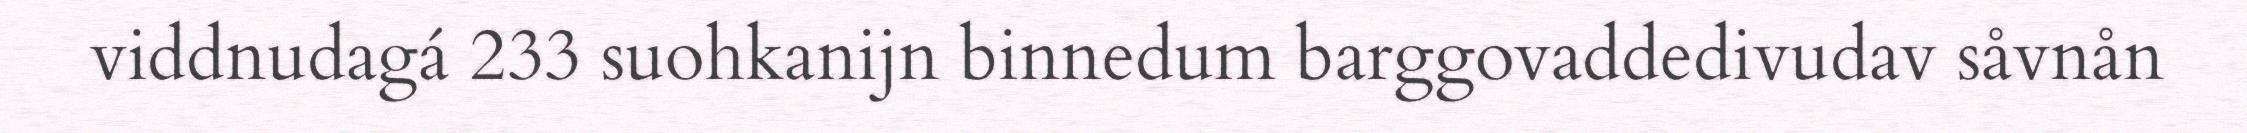
viddnudagá 233 suohkanijn binnedum barggovaddedivudav såvnån